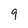
Character: 9